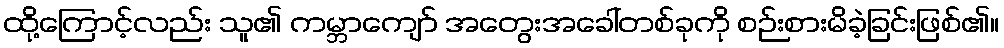
ထို့ကြောင့်လည်း သူ၏ ကမ္ဘာကျော် အတွေးအခေါ်တစ်ခုကို စဉ်းစားမိခဲ့ခြင်းဖြစ်၏။